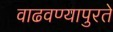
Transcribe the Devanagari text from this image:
वाढवण्यापुरते